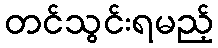
တင်သွင်းရမည့်